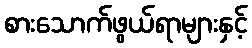
စားသောက်ဖွယ်ရာများနှင့်